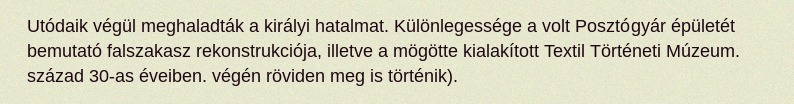
Utódaik végül meghaladták a királyi hatalmat. Különlegessége a volt Posztógyár épületét bemutató falszakasz rekonstrukciója, illetve a mögötte kialakított Textil Történeti Múzeum. század 30-as éveiben. végén röviden meg is történik).